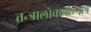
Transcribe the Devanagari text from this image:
तन्त्रालोकमाम्न्यत्र